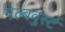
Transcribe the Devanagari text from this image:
गेल्बवुर्स्ट